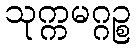
သုက္ကမဂ္ဂဉ္စ